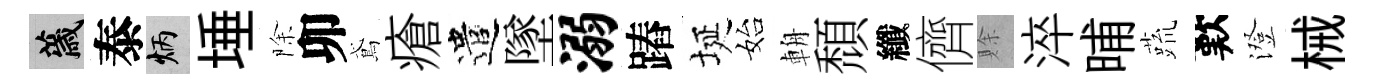
薉泰炳埵除卯鳶瘡遣墜溺蹖埏始輈頹纖儕賖淬晡蔬歎澄械